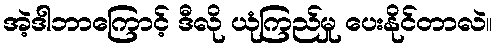
အဲ့ဒါဘာကြောင့် ဒီလို ယုံကြည်မှု ပေးနိုင်တာလဲ။